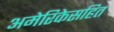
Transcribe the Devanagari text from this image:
अमेरिकेसहित